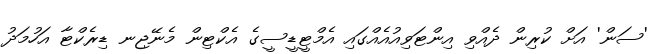
'ސަން' އަށް ކުރިން ދެއްވި އިންޓަވިއުއެއްގައި އެމްޓީޑީސީގެ އެކްޓިން މެނޭޖިނ ޑިރެކްޓާ އަހުމަދު